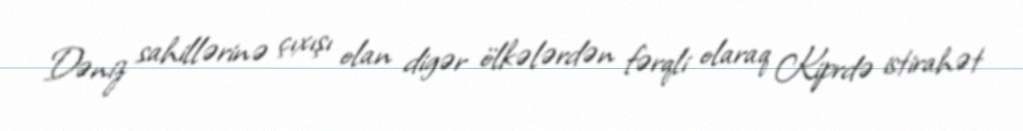
Dəniz sahillərinə çıxışı olan digər ölkələrdən fərqli olaraq Kiprdə istirahət